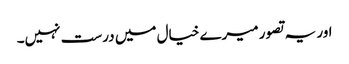
اور یہ تصور میرے خیال میں درست نہیں۔